Vaccination in Bombay 1856-1862 - 1856-1862
Year: 1856
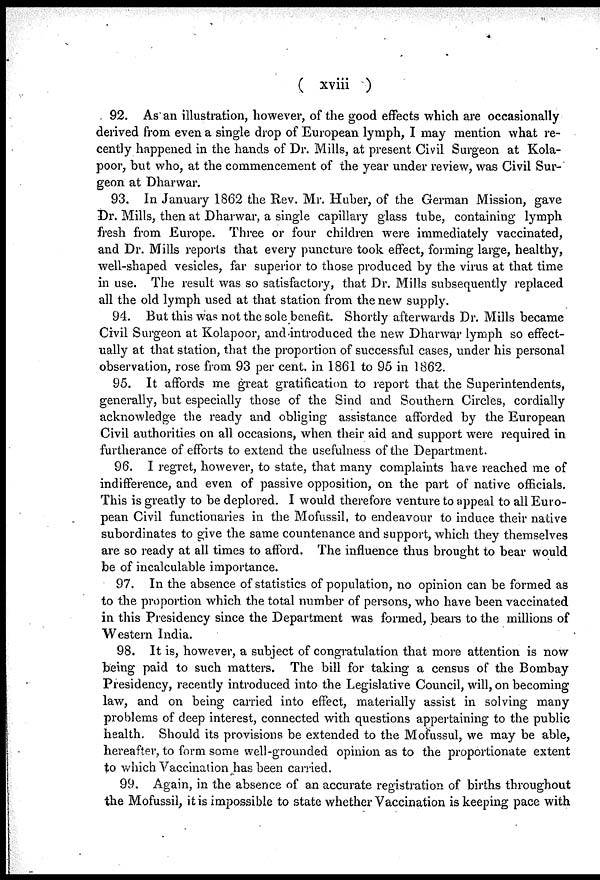
( xviii )
92. As an illustration, however, of the good effects which are occasionally
derived from even a single drop of European lymph, I may mention what re-
cently happened in the hands of Dr. Mills, at present Civil Surgeon at Kola-
poor, but who, at the commencement of the year under review, was Civil Sur-
geon at Dharwar.
93. In January 1862 the Rev. Mr. Huber, of the German Mission, gave
Dr. Mills, then at Dharwar, a single capillary glass tube, containing lymph
fresh from Europe. Three or four children were immediately vaccinated,
and Dr. Mills reports that every puncture took effect, forming large, healthy,
well-shaped vesicles, far superior to those produced by the virus at that time
in use. The result was so satisfactory, that Dr. Mills subsequently replaced
all the old lymph used at that station from the new supply.
94. But this was not the sole benefit. Shortly afterwards Dr. Mills became
Civil Surgeon at Kolapoor, and introduced the new Dharwar lymph so effect-
ually at that station, that the proportion of successful cases, under his personal
observation, rose from 93 per cent. in 1861 to 95 in 1862.
95. It affords me great gratification to report that the Superintendents,
generally, but especially those of the Sind and Southern Circles, cordially
acknowledge the ready and obliging assistance afforded by the European
Civil authorities on all occasions, when their aid and support were required in
furtherance of efforts to extend the usefulness of the Department.
96. I regret, however, to state, that many complaints have reached me of
indifference, and even of passive opposition, on the part of native officials.
This is greatly to be deplored. I would therefore venture to appeal to all Euro-
pean Civil functionaries in the Mofussil, to endeavour to induce their native
subordinates to give the same countenance and support, which they themselves
are so ready at all times to afford. The influence thus brought to bear would
be of incalculable importance.
97. In the absence of statistics of population, no opinion can be formed as
to the proportion which the total number of persons, who have been vaccinated
in this Presidency since the Department was formed, bears to the millions of
Western India.
98. It is, however, a subject of congratulation that more attention is now
being paid to such matters. The bill for taking a census of the Bombay
Presidency, recently introduced into the Legislative Council, will, on becoming
law, and on being carried into effect, materially assist in solving many
problems of deep interest, connected with questions appertaining to the public
health. Should its provisions be extended to the Mofussul, we may be able,
hereafter, to form some well-grounded opinion as to the proportionate extent
to which Vaccination has been carried.
99. Again, in the absence of an accurate registration of births throughout
the Mofussil, it is impossible to state whether Vaccination is keeping pace with